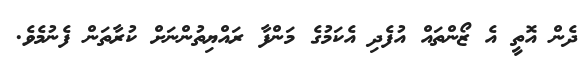
ދެން އޮތީ އެ ޒޯންތައް އުފެދި އެކަމުގެ މަންފާ ރައްޔިތުންނަށް ކުރާތަން ފެނުމެވެ.